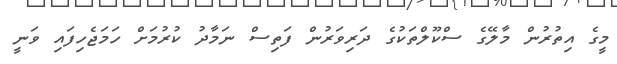
މީގެ އިތުރުން މާލޭގެ ސްކޫލްތަކުގެ ދަރިވަރުން ފަތިސް ނަމާދު ކުރުމަށް ހަމަޖެހިފައި ވަނީ